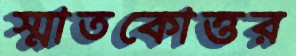
স্মাতকোত্তর